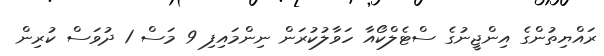
ރައްޔިތުންގެ އިންޖީނުގެ ސްޓެލްކޯއާ ހަވާލުކުރަން ނިންމައިފި 9 މަސް 1 ދުވަސް ކުރިން